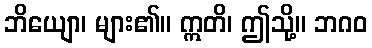
ဘိယျော၊ များ၏။ ဣတိ၊ ဤသို့။ ဘဂဝ